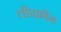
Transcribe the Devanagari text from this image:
लीपफ्रॉग